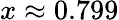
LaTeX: x\approx 0.799